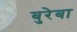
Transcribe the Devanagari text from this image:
बुरेबा